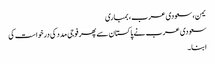
یمن، سعودی عرب، بمباری
سعودی عرب نے پاکستان سے پھر فوجی مدد کی درخواست کی
ابنا۔